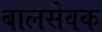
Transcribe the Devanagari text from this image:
बालसेवक